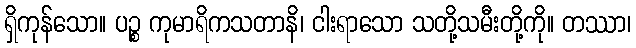
ရှိကုန်သော။ ပဉ္စ ကုမာရိကသတာနိ၊ ငါးရာသော သတို့သမီးတို့ကို။ တဿာ၊